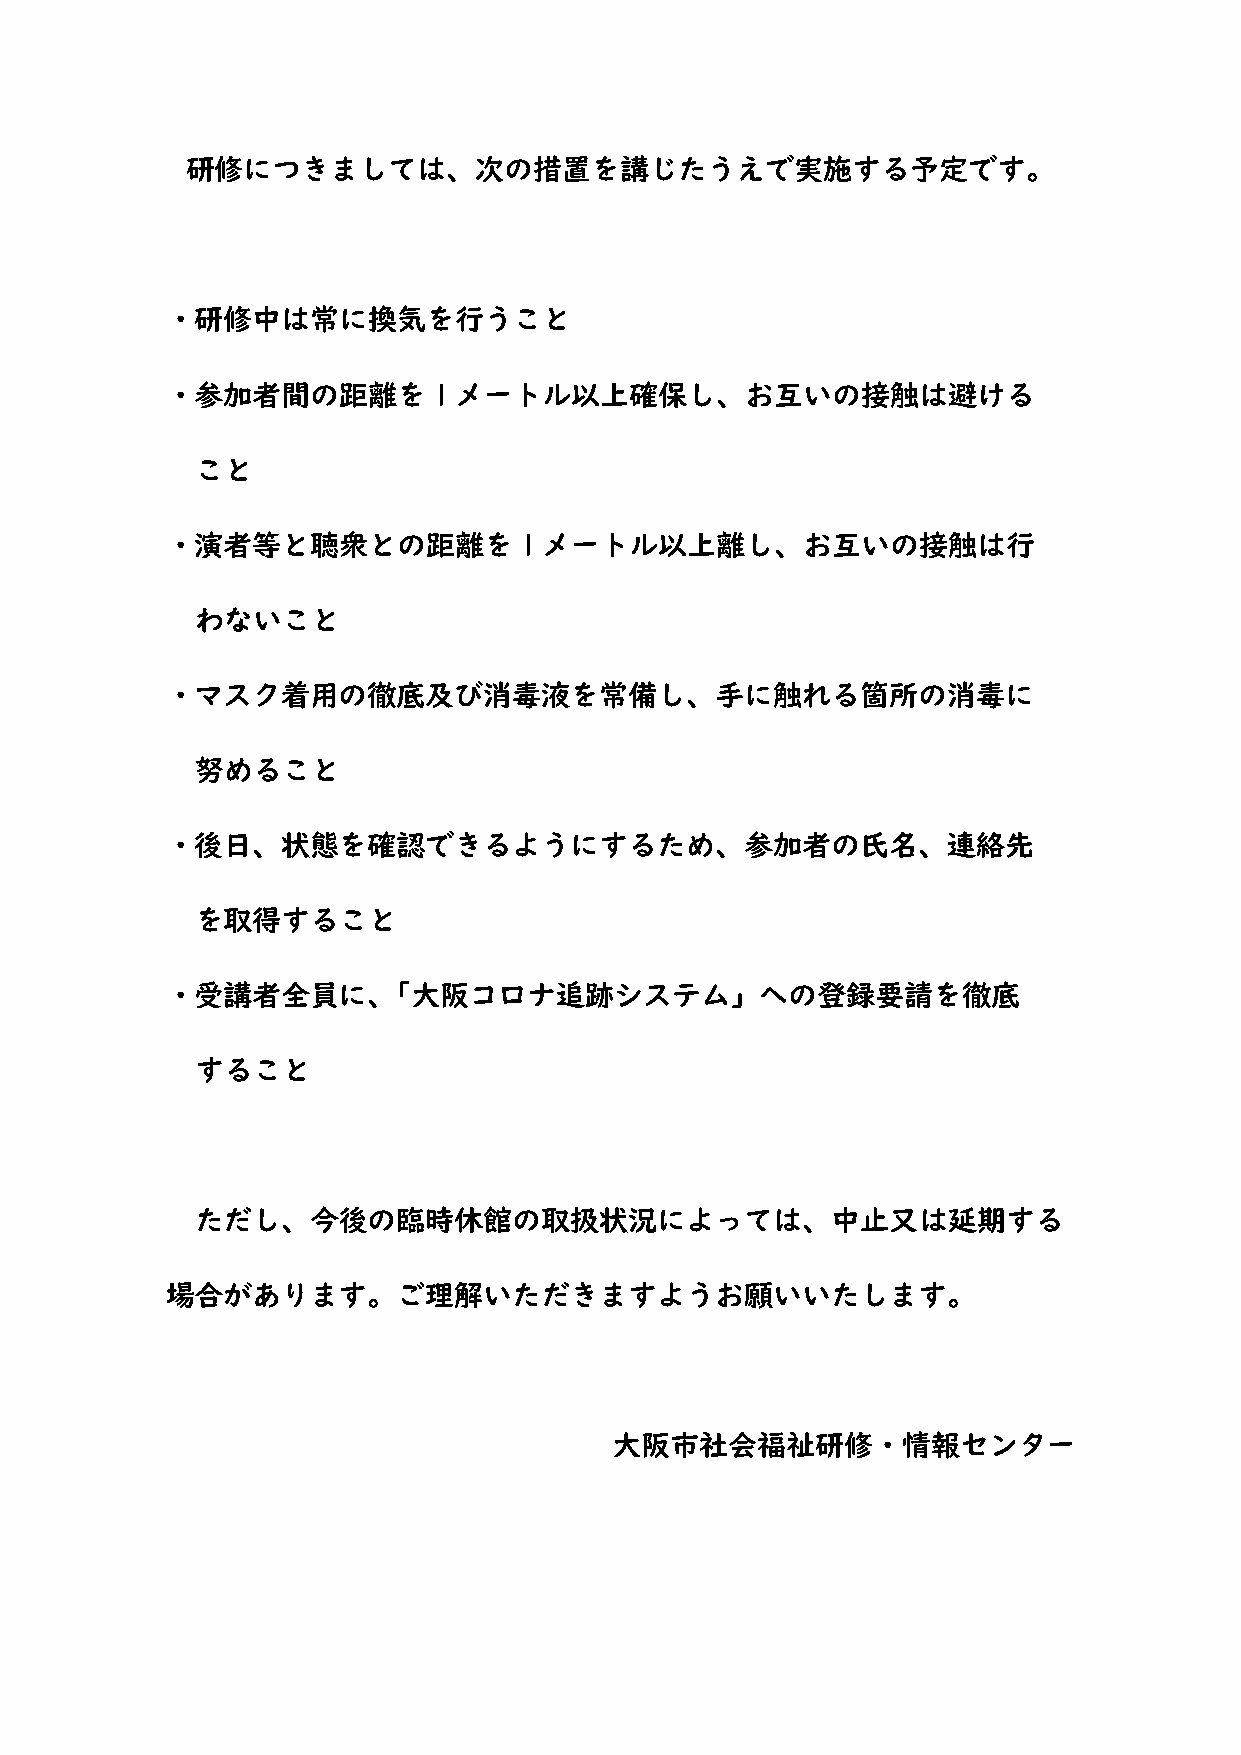
研修につきましては、次の措置を講じたうえで実施する予定です。
 ・研修中は常に換気を行うこと
 ・参加者間の距離を         1 メートル以上確保し、お互いの接触は避ける
 こと
 ・演者等と聴衆との距離を           1 メートル以上離し、お互いの接触は行
 わないこと
 ・マスク着用の徹底及び消毒液を常備し、手に触れる箇所の消毒に
 努めること
 ・後日、状態を確認できるようにするため、参加者の氏名、連絡先
 を取得すること
 ・受講者全員に、「大阪コロナ追跡システム」への登録要請を徹底
 すること
 ただし、今後の臨時休館の取扱状況によっては、中止又は延期する
 場合があります。ご理解いただきますようお願いいたします。
 大阪市社会福祉研修・情報センター